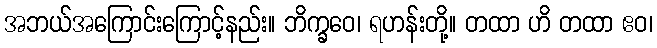
အဘယ်အကြောင်းကြောင့်နည်း။ ဘိက္ခဝေ၊ ရဟန်းတို့။ တထာ ဟိ တထာ ဧဝ၊